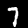
Label: 7